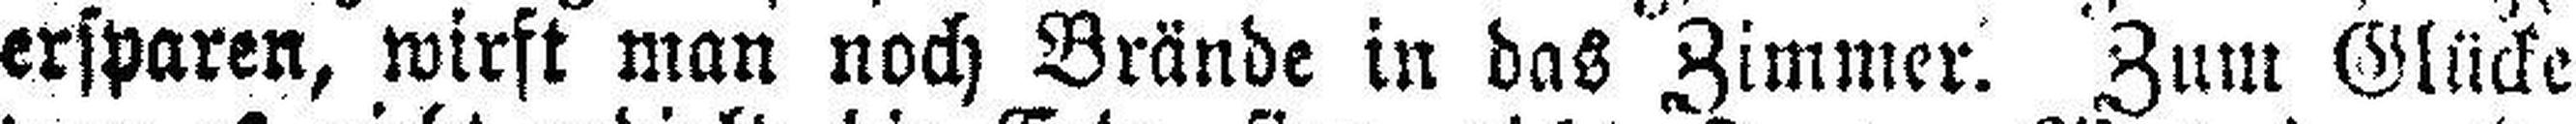
ersparen, wirft man noch Brände in das Zimmer. Zum Glücke